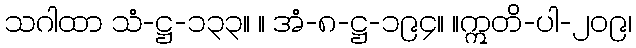
သဂါထာ သံ-ဋ္ဌ-၁၃၃။ ။ အံ-၈-ဋ္ဌ-၁၉၄။ ။ဣတိ-ပါ-၂၀၉၊